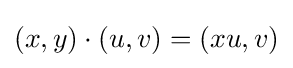
(x,y)\cdot (u,v)=(xu,v)